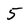
Character: 5